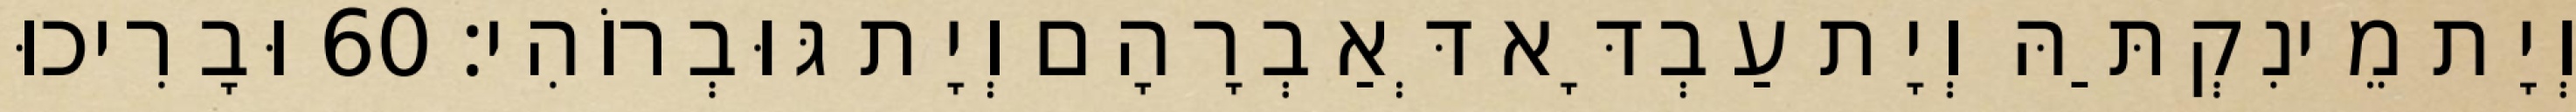
וְיָת מֵינִקְתַּהּ וְיָת עַבְדָּא דְּאַבְרָהָם וְיָת גּוּבְרוֹהִי׃ 60 וּבָרִיכוּ